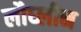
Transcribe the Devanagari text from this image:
लौघ्लीन